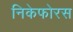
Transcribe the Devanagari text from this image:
निकेफोरस